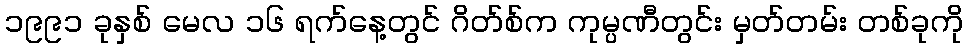
၁၉၉၁ ခုနှစ် မေလ ၁၆ ရက်နေ့တွင် ဂိတ်စ်က ကုမ္ပဏီတွင်း မှတ်တမ်း တစ်ခုကို